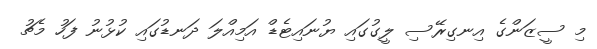
މި ސީޒަންގެ އިނގިރޭސި ލީގުގައި ޔުނައިޓެޑް އަމިއްލަ ދަނޑުގައި ކުޅުނު ފަހު މެޗު